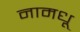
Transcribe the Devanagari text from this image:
नामधू